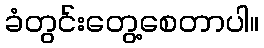
ခံတွင်းတွေ့စေတာပါ။